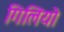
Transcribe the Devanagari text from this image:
गिलियो